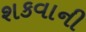
શકવાની